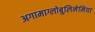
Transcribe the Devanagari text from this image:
अगामाग्लोबुलिनेमिया